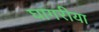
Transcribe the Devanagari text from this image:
घागरीया